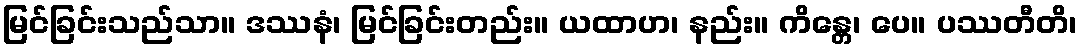
မြင်ခြင်းသည်သာ။ ဒဿနံ၊ မြင်ခြင်းတည်း။ ယထာဟ၊ နည်း။ ကိန္တေ၊ ပေ။ ပဿတီတိ၊